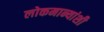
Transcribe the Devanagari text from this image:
लोकमान्यांशी